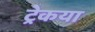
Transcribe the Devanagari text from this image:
ट्रेकया